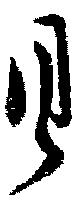
具